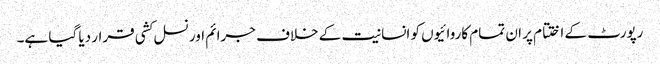
رپورٹ کے اختتام پر ان تمام کاروائیوں کو انسانیت کے خلاف جرائم اور نسل کشی قرار دیا گیا ہے۔